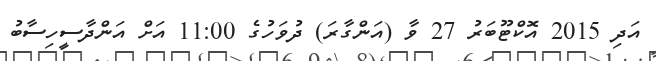
އަދި 2015 އޮކްޓޫބަރު 27 ވާ (އަންގާރަ) ދުވަހުގެ 11:00 އަށް އަންދާސީހިސާބު